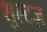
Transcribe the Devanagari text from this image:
शुल्टज़